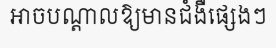
អាចបណ្តាលឱ្យមានជំងឺផ្សេងៗ